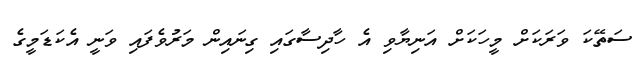
ސަތޭކަ ވަރަކަށް މީހަކަށް އަނިޔާވި އެ ހާދިސާގައި ގިނައިން މަރުވެފައި ވަނީ އެކަޑަމީގެ